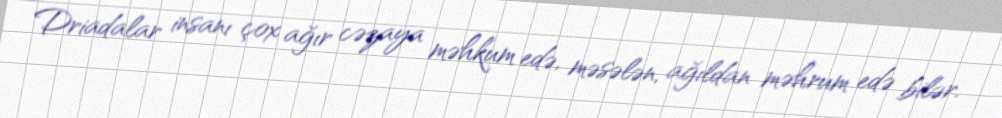
Driadalar insanı çox ağır cəzaya məhkum edə, məsələn, ağıldan məhrum edə bilər.